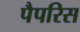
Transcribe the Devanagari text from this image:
पैपरिस